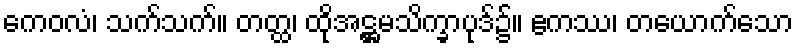
ကေဝလံ၊ သက်သက်။ တတ္ထ၊ ထိုအဋ္ဌမသိက္ခာပုဒ်၌။ ဧကဿ၊ တယောက်သော